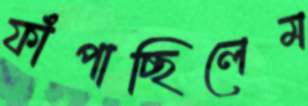
ফাঁপাচ্ছিলেম